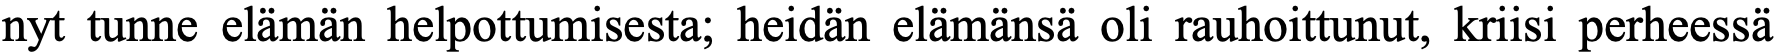
nyt tunne elämän helpottumisesta; heidän elämänsä oli rauhoittunut, kriisi perheessä